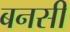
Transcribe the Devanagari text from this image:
बनसी